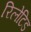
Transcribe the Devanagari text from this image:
रिलेटिड